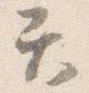
て